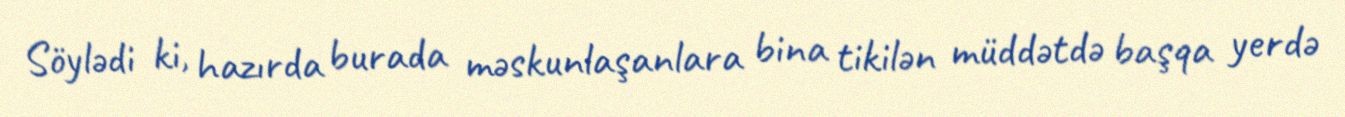
Söylədi ki, hazırda burada məskunlaşanlara bina tikilən müddətdə başqa yerdə